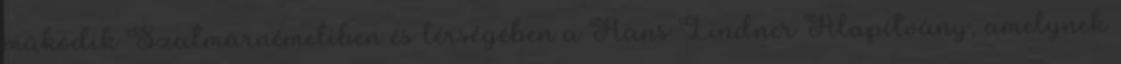
működik Szatmárnémetiben és térségében a Hans Lindner Alapítvány, amelynek